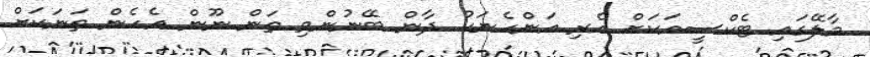
މާލޭގައި ޓެކްސީއަކަށް އެރި އަންހެނަކު ދާން ބޭނުންވި ތަން ނޫން އެހެން ތަނަކަށް